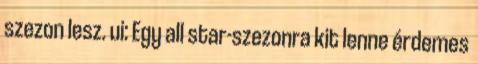
szezon lesz. ui: Egy all star-szezonra kit lenne érdemes